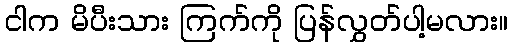
ငါက မိပီးသား ကြက်ကို ပြန်လွှတ်ပါ့မလား။